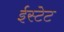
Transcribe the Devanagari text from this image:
ईस्टेट